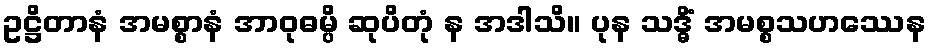
ဥဋ္ဌိတာနံ အမစ္စာနံ အာဝုဓမ္ပိ ဆုပိတုံ န အဒါသိ။ ပုန သဒ္ဓိံ အမစ္စသဟဿေန